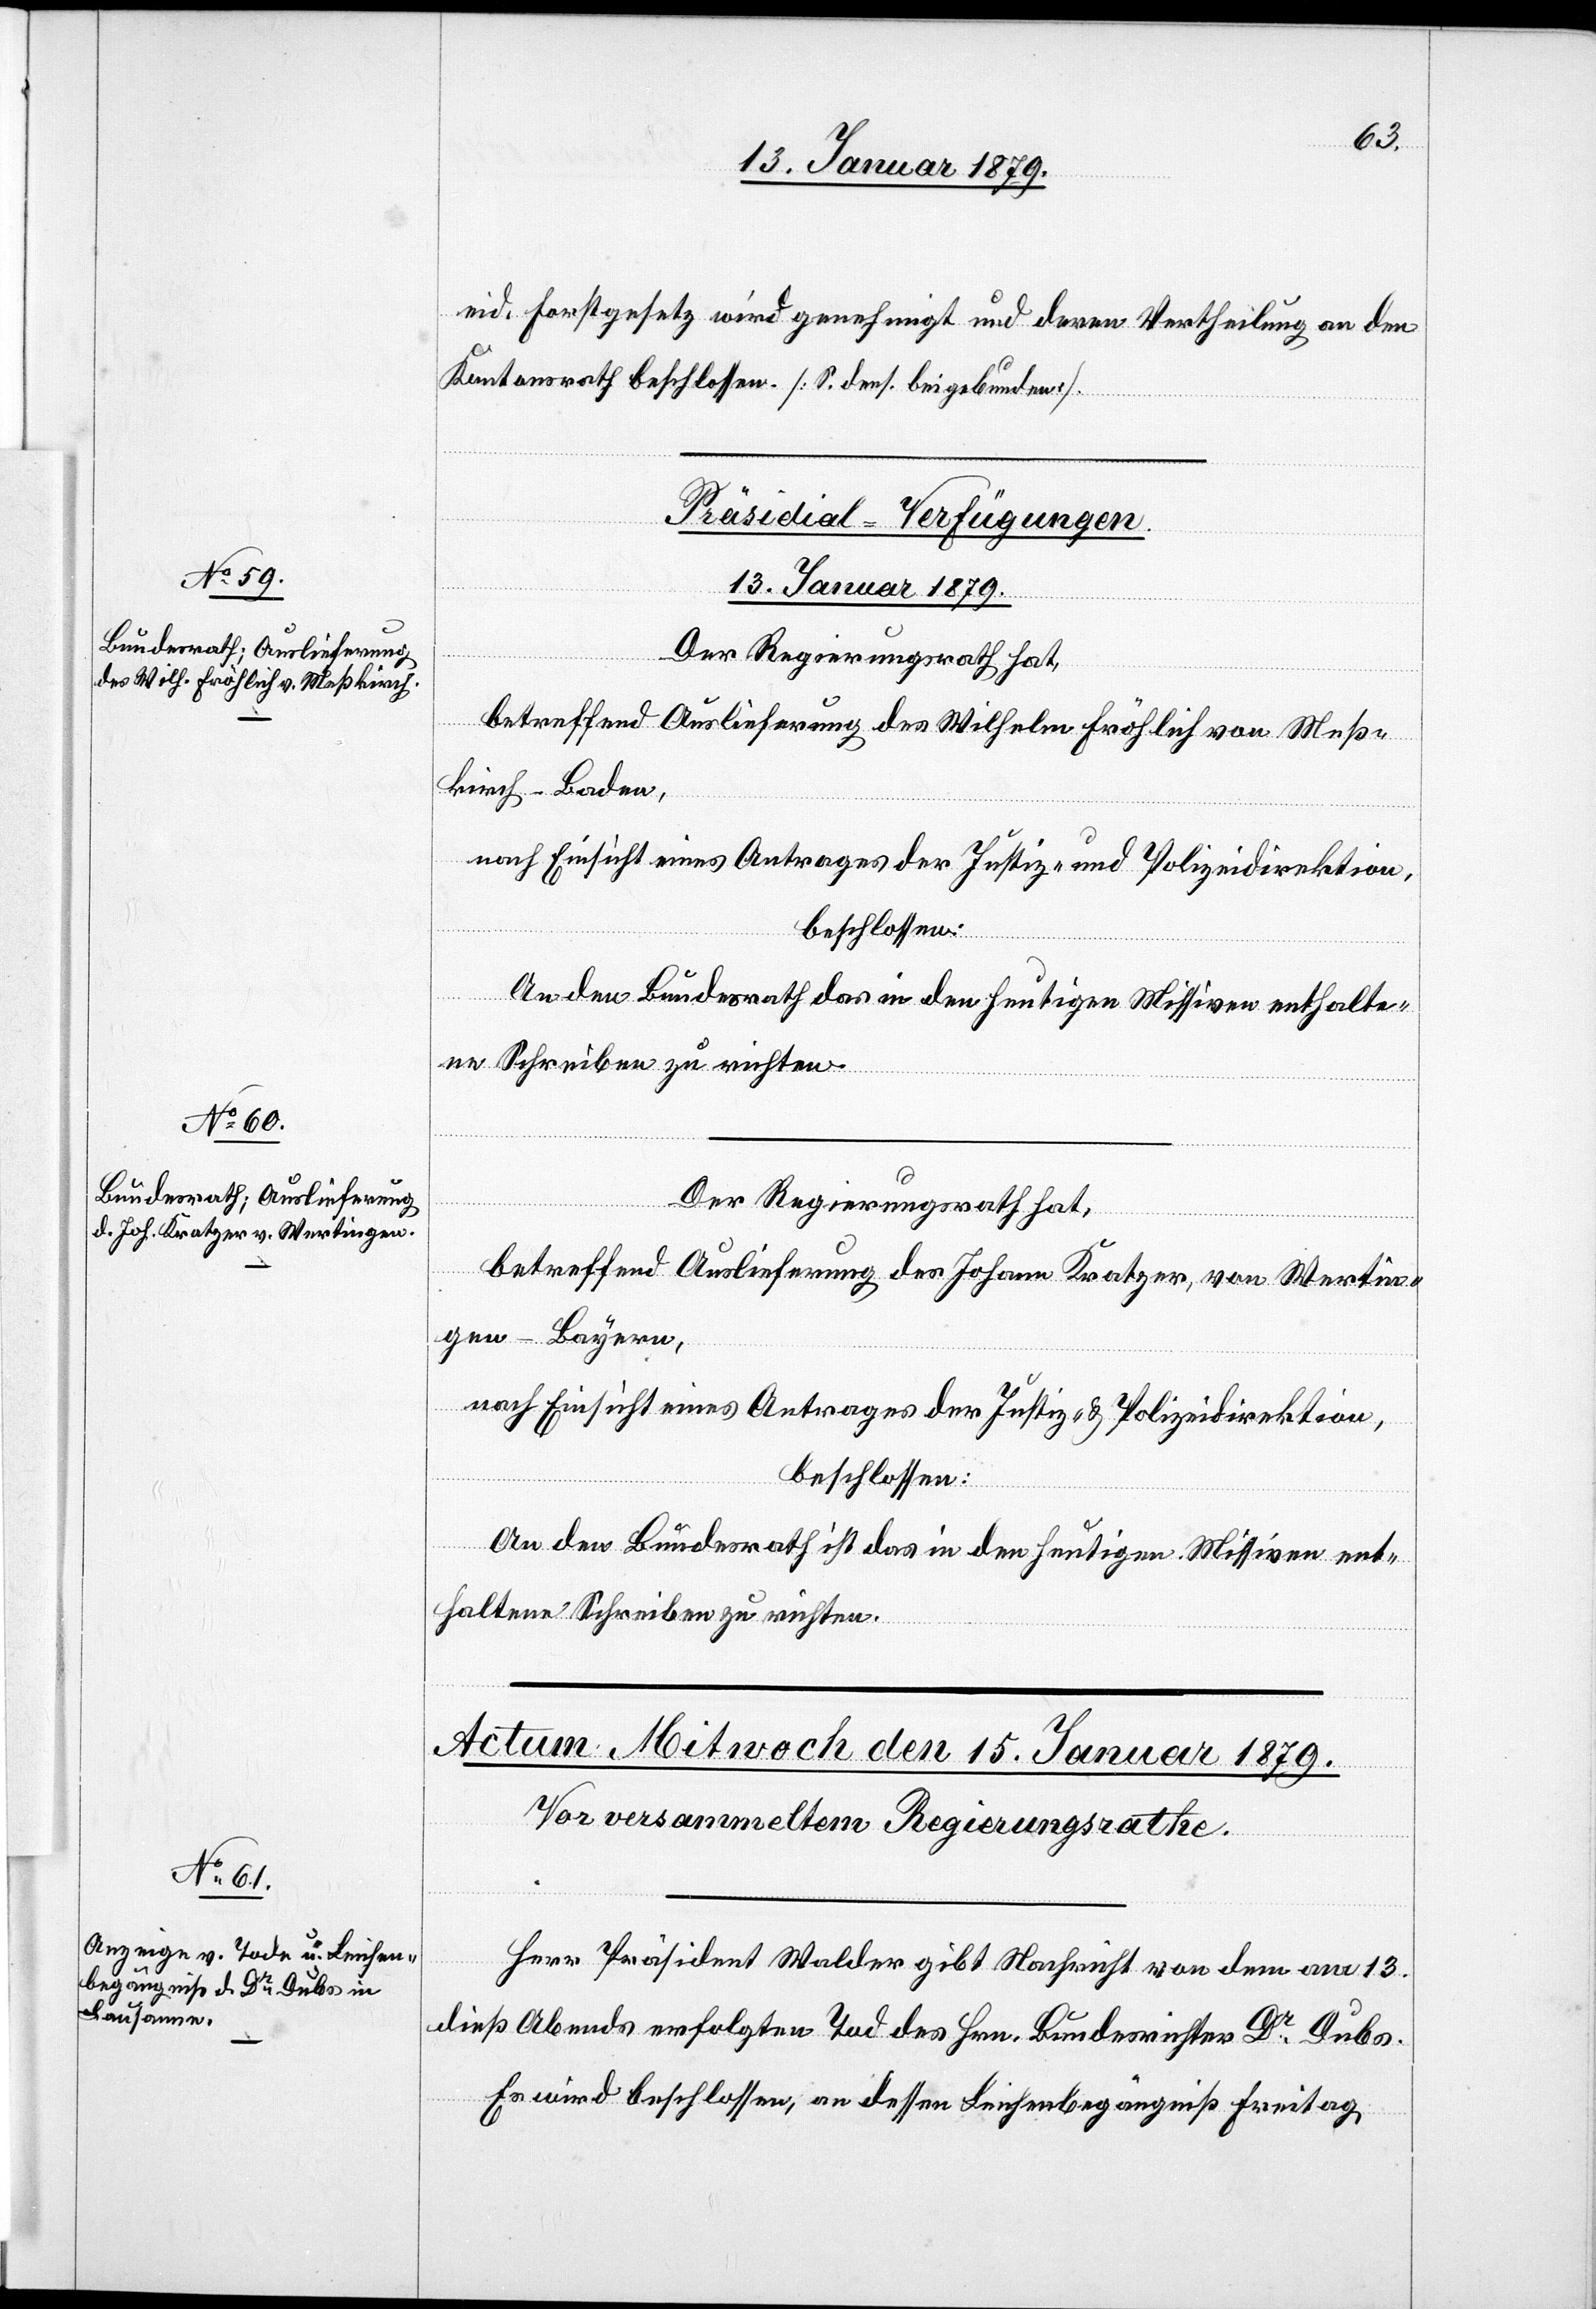
eid. Forstgesetz wird genehmigt und deren Vertheilung an den
Kantonsrath beschlossen. [S. dens. beigebunden].
[Präsidial-Verfügungen.
13. Januar 1879.]
Der Regierungsrath hat,
betreffend Auslieferung des Wilhelm Fröhlich von Meß¬
kirch - Baden,
nach Einsicht eines Antrages der Justiz- und Polizeidirektion,
beschlossen:
An den Bundesrath das in den heutigen Missiven enthalte¬
ne Schreiben zu richten.
betreffend Auslieferung des Johnn Kratzer, von Wertin¬
gen - Bayern,
nach Einsicht eines Antrages der Justiz- & Polizeidirektion,
beschlossen:
An den Bundesrath ist das in den heutigen Missiven ent¬
haltene Schreiben zu richten.
Herr Präsident Walder gibt Nachricht von dem am 13.
dieß Abends erfolgten Tod des Hrn. Bundesrichter Dr. Dubs.
Es wird beschlossen, an dessen Leichenbegängniß Freitag